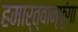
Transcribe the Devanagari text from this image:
हमार्त्वान्फुंगा